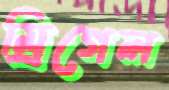
ম্রিগেল